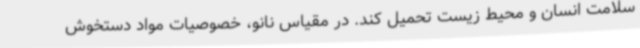
سلامت انسان و محیط زیست تحمیل کند. در مقیاس نانو، خصوصیات مواد دستخوش